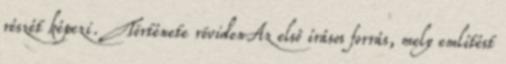
részét képezi. Története rövidenAz első írásos forrás, mely említést